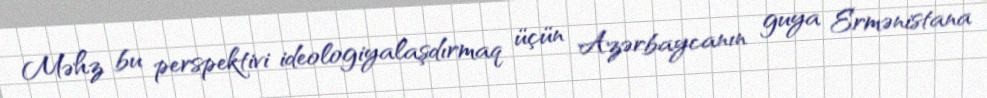
Məhz bu perspektivi ideologiyalaşdırmaq üçün Azərbaycanın guya Ermənistana